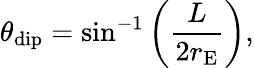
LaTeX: \theta_{\mathrm{dip}}=\sin^{-1}\left(\frac{L}{2r_{\mathrm{E}}}\right),